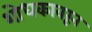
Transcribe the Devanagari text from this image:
शोधकावरून